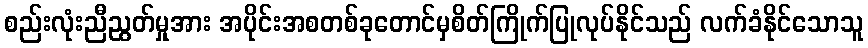
စည်းလုံးညီညွတ်မှုအား အပိုင်းအစတစ်ခုတောင်မှစိတ်ကြိုက်ပြုလုပ်နိုင်သည် လက်ခံနိုင်သောသူ